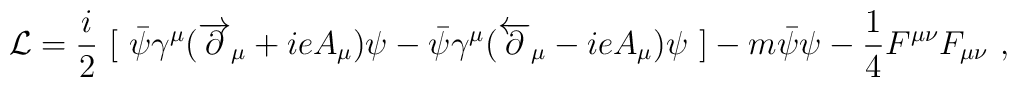
{\cal{L}}={i\over 2}\ [\ {\bar{\psi}}\gamma^\mu(\overrightarrow{\partial}{}_\mu +ieA_\mu )\psi-{\bar{\psi}}\gamma^\mu(\overleftarrow{\partial}{}_\mu -ieA_\mu )\psi \ ]-m{\bar{\psi}}\psi-{1\over 4}F^{\mu\nu}F_{\mu\nu} \ ,